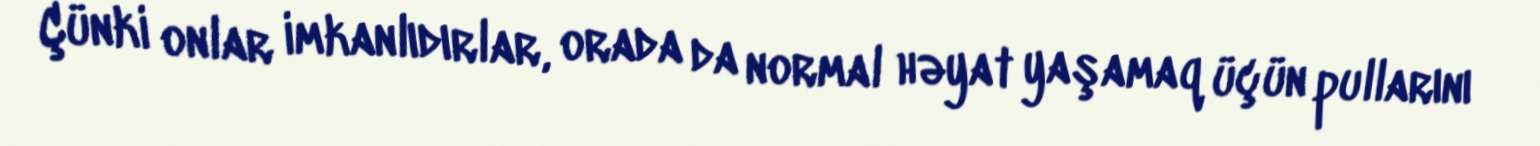
Çünki onlar imkanlıdırlar, orada da normal həyat yaşamaq üçün pullarını